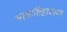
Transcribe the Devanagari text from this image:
भावाविष्टावस्था